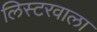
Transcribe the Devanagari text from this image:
लिस्टरवाला